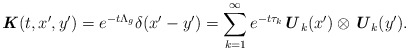
\begin{align*} \textbf{\textit{K}}(t,x^{\prime},y^{\prime}) = e^{-t\Lambda_g} \delta(x^{\prime} - y^{\prime}) = \sum_{k=1}^{\infty} e^{-t\tau_k} \textbf{\textit{U}}_k(x^{\prime}) \otimes \textbf{\textit{U}}_k(y^{\prime}).\end{align*}